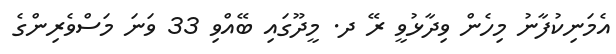
އެމަނިކުފާނު މިހެން ވިދާޅުވީ ރޭ ދ. މީދޫގައި ބޭއްވި 33 ވަނަ މަސްވެރިންގެ